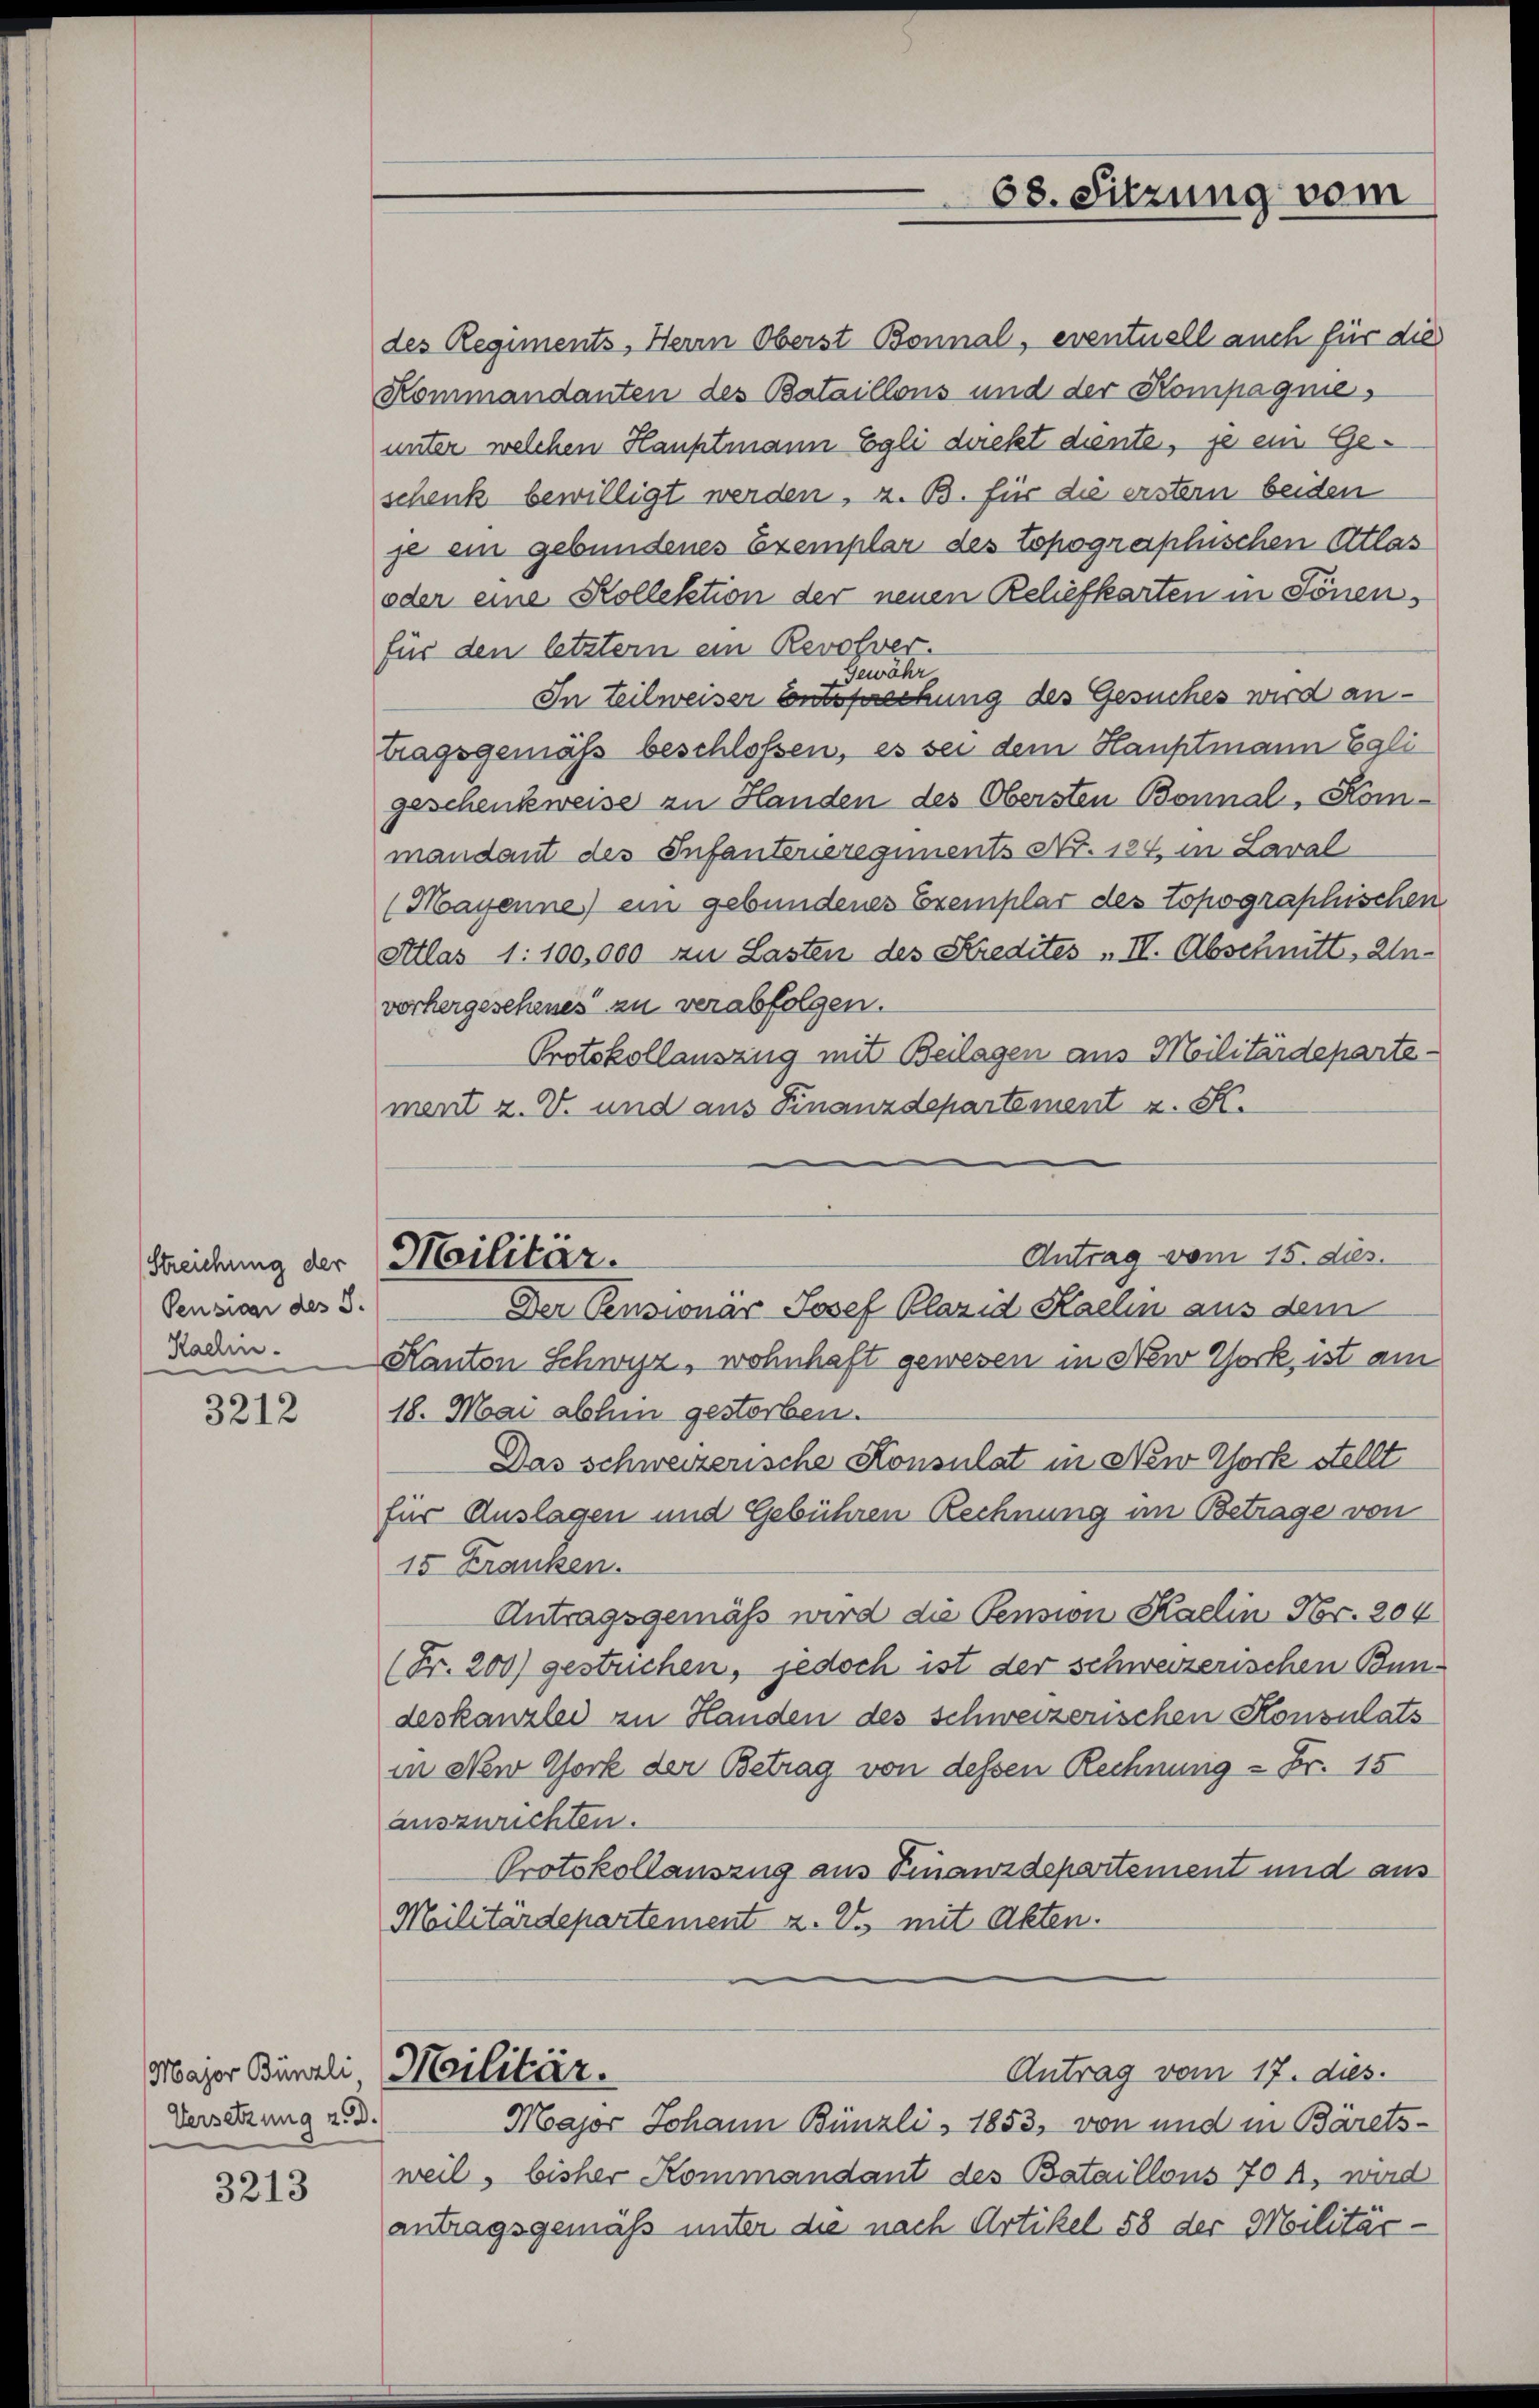
Streichung der
Pension des 5.
Kaelin.

3212

Major Bünzli,
Versetzung z. d.

3213

des Regiments, Herrn Oberst Bonnal, eventuell auch für die
Kommandanten des Bataillons und der Kompagnies
unter welchen Hauptmann Egli direkt diente, je ein Geschenk bewilligt werden, z. B. für die erstern beiden
je ein gebundenes Exemplar des topographischen Atlas
oder eine Kollektion der neuen Reliefkarten in Tönenfür den letztem ein Revolver.
Gewähr
In teilweiser Entsprechung des Gesuches wird antragsgemäß beschloßen, es sei dem Hauptmann Egli
geschenkweise zu Handen des Obersten Bonnal, Kommandant des Infanterieregiments Nr. 124, in Laval
(Mayenne) ein gebundenes Exemplar des topographischen
Atlas 1:100,000 zu Lasten des Stredites II. Abschnitt, An-
vorhergesehenes zu verabfolgen.
Protokollauszug mit Beilagen aus Militärdepartement z. V. und aus Finanzdepartement z. K.
Antrag vom 15. dies
Militär.
Der Pensionar Josef Plazid Kaelin aus dem
Kanton Schwyz, wohnhaft gewesen in New York, ist am
18. Mai abhin gestorben.
Das schweizerische Konsulat in New York stellt
für Auslagen und Gebühren Rechnung im Betrage von
15 Franken.
Antragsgemäß wird die Pension Kaelin Nr. 204
(Fr. 200) gestrichen, jedoch ist der schweizerischen Bundeskanzlei zu Handen des schweizerischen Konsulats
in New York der Betrag von dessen Rechnung = Fr. 15
auszurichten.
Protokollauszug aus Finanzdepartement und aus
Moilitärdepartement z. B. mit Akten.

68. Sitzung vom

Antrag vom 17. dies.
Militär.

Major Johann Bünzli 1853, von und in Bärets-
weil, bisher Kommandant des Bataillons 70 A., wird
antragsgemäß unter die nach Artikel 58 der Militär¬